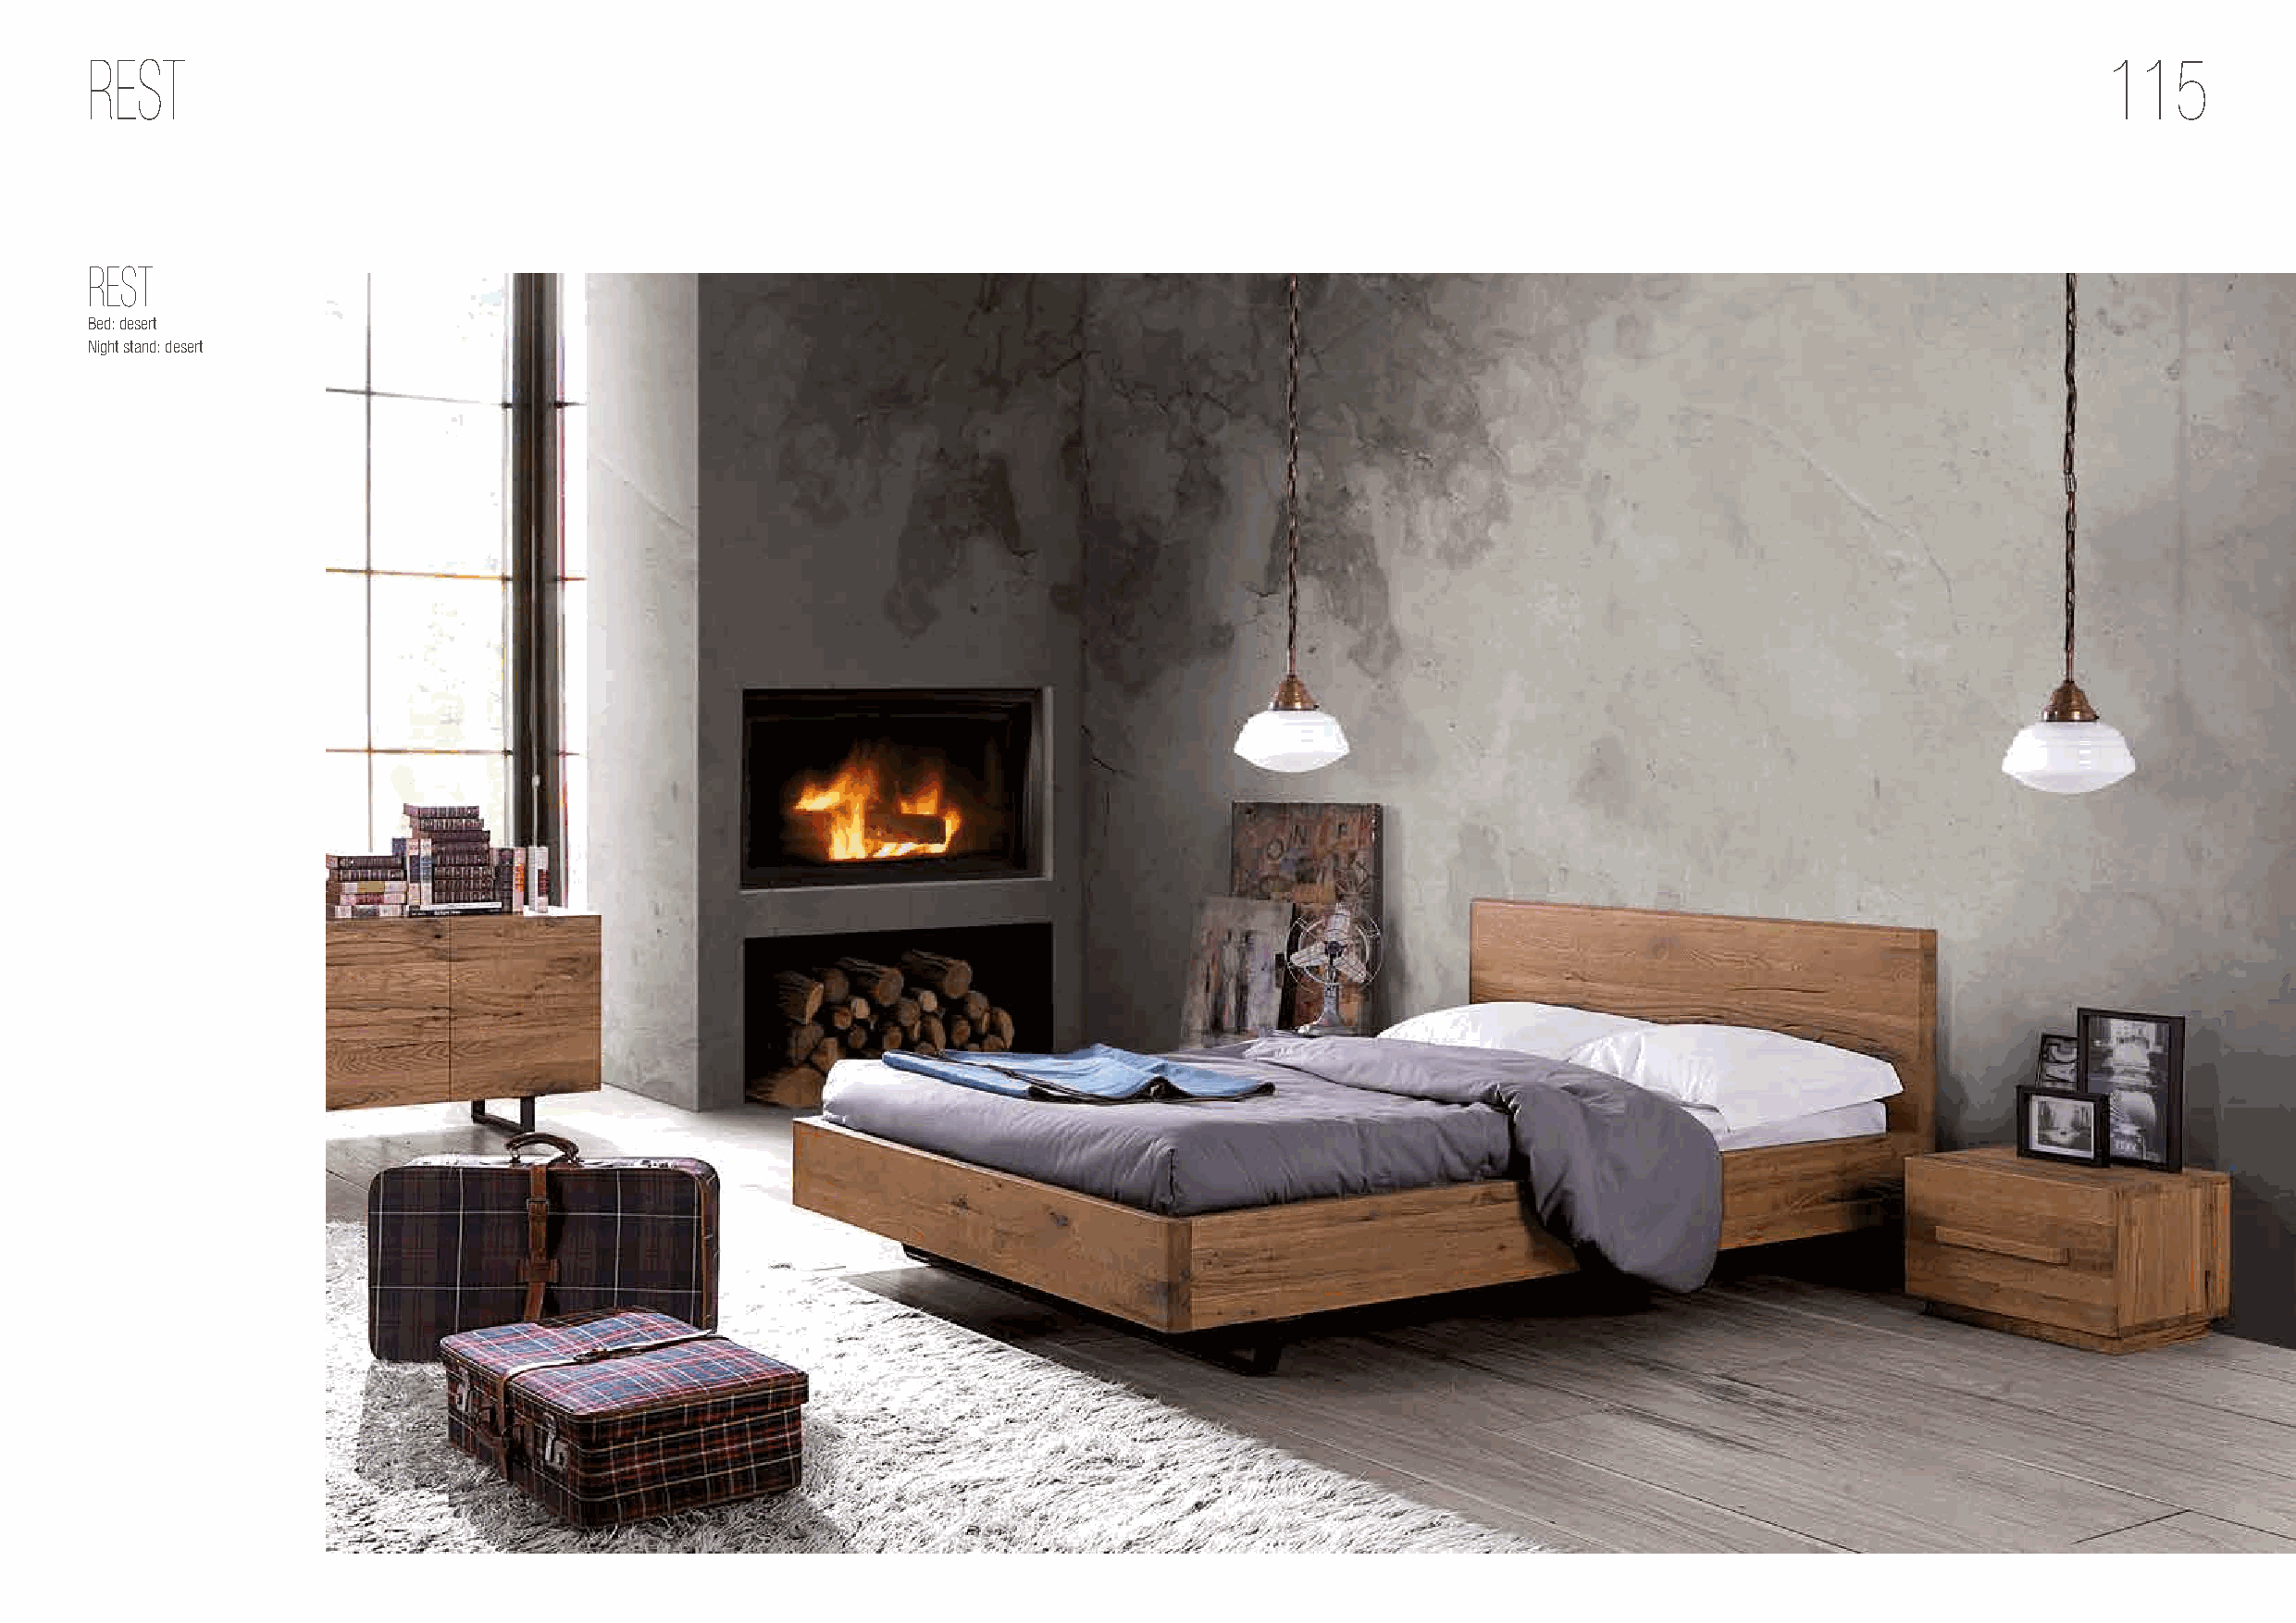
REST                                                                                                                                             115
 REST
 Bed: desert
 Night stand: desert